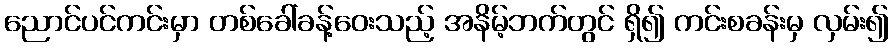
ညောင်ပင်ကင်းမှာ တစ်ခေါ်ခန့်ဝေးသည့် အနိမ့်ဘက်တွင် ရှိ၍ ကင်းစခန်းမှ လှမ်း၍